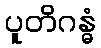
ပူတိဂန္ဓံ